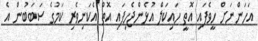
އަހަންނަށް ހީވެފައި އޮތީ ހައިކަލް އުޅެންޖެހިފައި އޮތް އެކަނިވެރި ކަމުގެ ސަބަބުން އެ